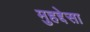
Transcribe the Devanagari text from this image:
मुहद्देसा